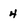
Character: 4